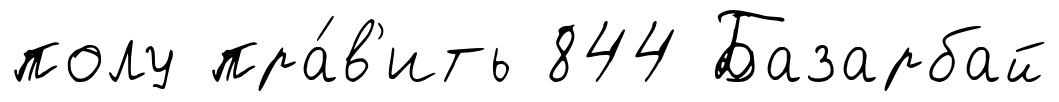
полу пра́в'ить 844 Базарбай